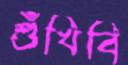
শুঁখিবি